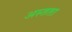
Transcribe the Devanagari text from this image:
अस्तता